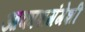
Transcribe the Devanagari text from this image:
आकाशगंगेशी